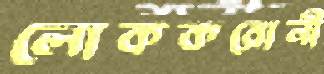
লোককরোনী